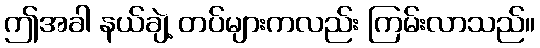
ဤအခါ နယ်ချဲ့ တပ်များကလည်း ကြမ်းလာသည်။